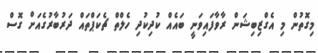
މިގޮތުން މި އެގްޒިބިޝަން ރާވާފައިވަނީ ބައެއް ކުދިކުދި ހެލްތް ޗެކަޕްތައް ދަރުބާރުގެއަށް ގޮސް